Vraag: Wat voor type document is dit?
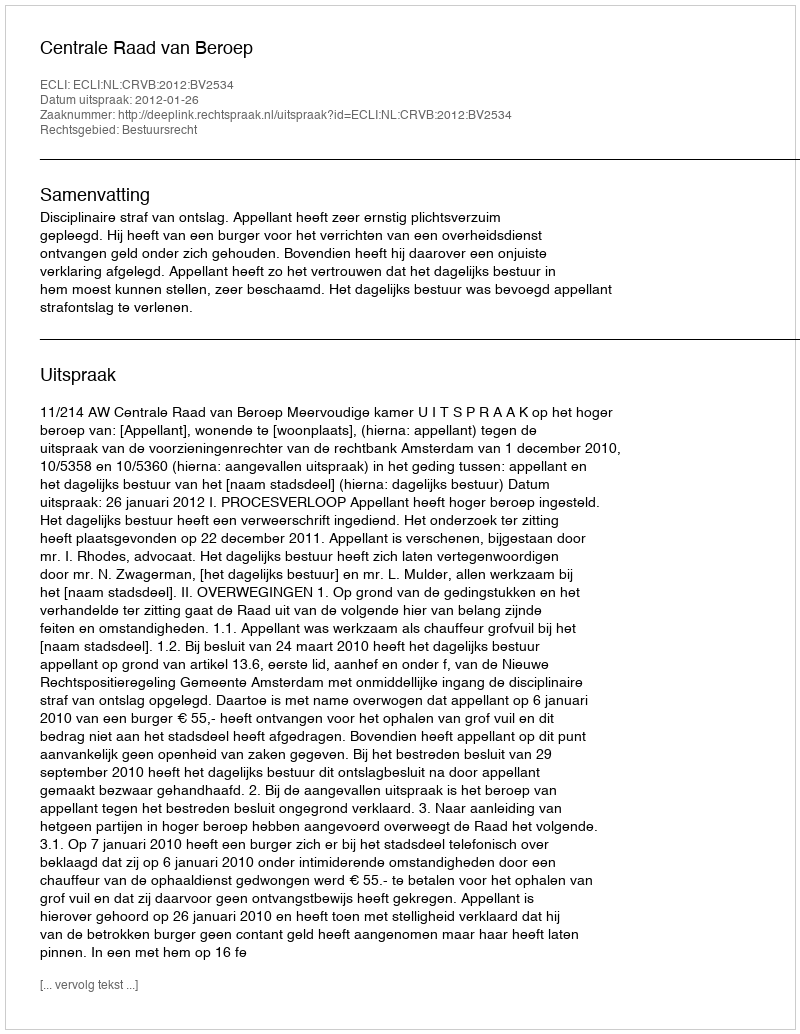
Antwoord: Uitspraak